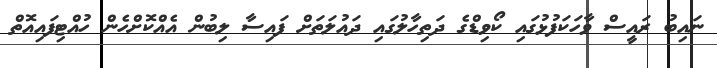
ނައިބު ރައީސް ވާހަކަފުޅުގައި ކޯވިޑްގެ ދަތިހާލުގައި ދައުލަތަށް ފައިސާ ލިބުން އެއްކޮށްހެން ހުއްޓިފައިއޮތް